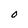
Character: O